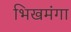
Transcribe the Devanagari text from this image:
भिखमंगा